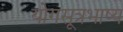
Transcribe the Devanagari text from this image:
योगसूत्रभाष्य